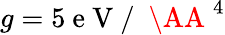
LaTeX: g=5\mathrm{~e~V~/~}\mathrm{~\AA~}^{4}